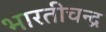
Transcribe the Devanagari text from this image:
भारतीचन्द्र